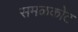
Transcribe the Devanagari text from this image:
समळकोट